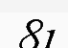
81